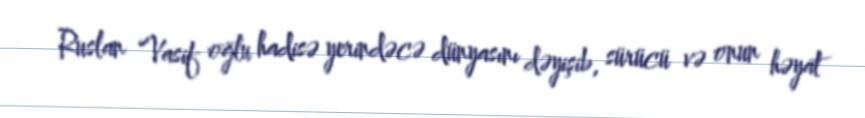
Ruslan Vasif oğlu hadisə yerindəcə dünyasını dəyişib, sürücü və onun həyat